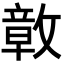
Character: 𭤊